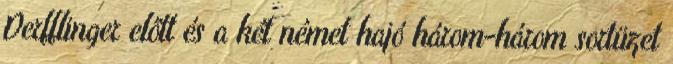
Derfflinger előtt és a két német hajó három-három sortüzet